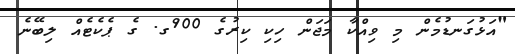
"އަޅުގަނޑުމެން މި ވިއްކާ މަޖަން ހިކި ކިރުގެ 900ގ. ގެ ޕެކެޓެއް ލިބޭނެ